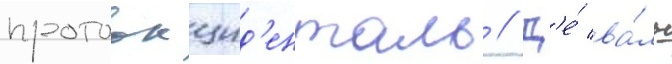
протоокцид'енталь // Д'е́ ва́ль